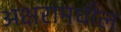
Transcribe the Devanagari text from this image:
अक्षरांमधील